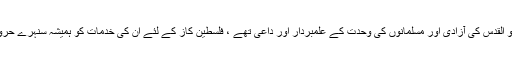
مظفر احمد ہاشمی فلسطین و القدس کی آزادی اور مسلمانوں کی وحدت کے علمبردار اور داعی تھے ، فلسطین کاز کے لئے ان کی خدمات کو ہمیشہ سنہرے حروف میں یاد رکھا جائے گا۔